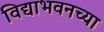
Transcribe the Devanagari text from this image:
विद्याभवनच्या